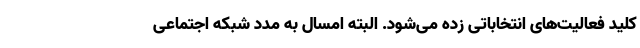
کلید فعالیت‌های انتخاباتی زده می‌شود. البته امسال به مدد شبکه اجتماعی